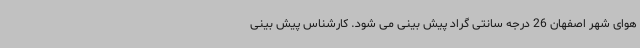
هوای شهر اصفهان 26 درجه سانتی گراد پیش بینی می شود. کارشناس پیش بینی